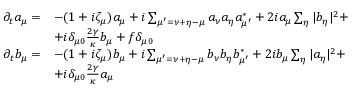
\begin{array} { r l } { \partial _ { t } a _ { \mu } = } & { - ( 1 + i \zeta _ { \mu } ) a _ { \mu } + i \sum _ { \mu ^ { \prime } = \nu + \eta - \mu } a _ { \nu } a _ { \eta } a _ { \mu ^ { \prime } } ^ { * } + 2 i a _ { \mu } \sum _ { \eta } | b _ { \eta } | ^ { 2 } + } \\ & { + i \delta _ { \mu 0 } \frac { 2 \gamma } { \kappa } b _ { \mu } + f \delta _ { \mu 0 } } \\ { \partial _ { t } b _ { \mu } = } & { - ( 1 + i \zeta _ { \mu } ) b _ { \mu } + i \sum _ { \mu ^ { \prime } = \nu + \eta - \mu } b _ { \nu } b _ { \eta } b _ { \mu ^ { \prime } } ^ { * } + 2 i b _ { \mu } \sum _ { \eta } | a _ { \eta } | ^ { 2 } + } \\ & { + i \delta _ { \mu 0 } \frac { 2 \gamma } { \kappa } a _ { \mu } } \end{array}